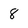
Character: 8